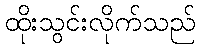
ထိုးသွင်းလိုက်သည်